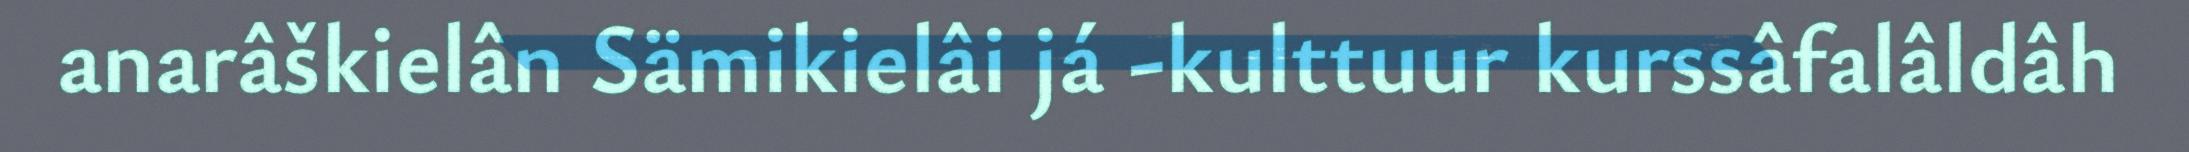
anarâškielân Sämikielâi já -kulttuur kurssâfalâldâh